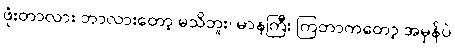
ဖုံးတာလား ဘာလားတော့ မသိဘူး၊ မာနကြီး ကြတာကတော့ အမှန်ပဲ